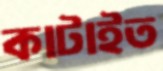
কাটাইত